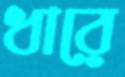
ধারে